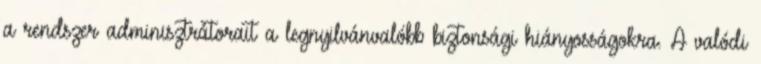
a rendszer adminisztrátorait a legnyilvánvalóbb biztonsági hiányosságokra. A valódi